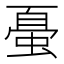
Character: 𰳀